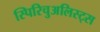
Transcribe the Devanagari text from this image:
स्पिरिचुअलिस्ट्स